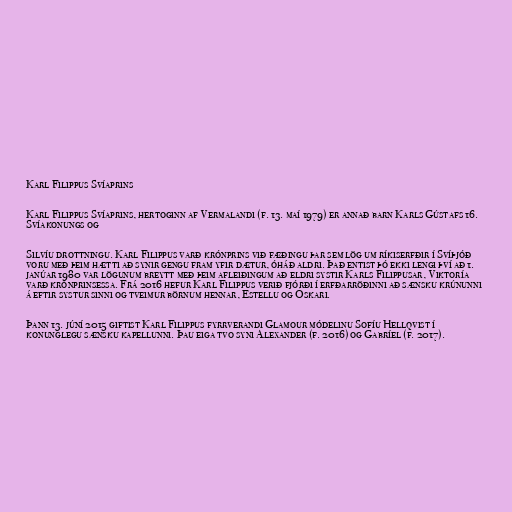
Karl Filippus Svíaprins

Karl Filippus Svíaprins, hertoginn af Vermalandi (f. 13. maí 1979) er annað barn Karls Gústafs 16.
Svíakonungs og

Silvíu drottningu. Karl Filippus varð krónprins við fæðingu þar sem lög um ríkiserfðir í Svíþjóð
voru með þeim hætti að synir gengu fram yfir dætur, óháð aldri. Það entist þó ekki lengi því að 1.
janúar 1980 var lögunum breytt með þeim afleiðingum að eldri systir Karls Filippusar, Viktoría
varð krónprinsessa. Frá 2016 hefur Karl Filippus verið fjórði í erfðarröðinni að sænsku krúnunni
á eftir systur sinni og tveimur börnum hennar, Estellu og Óskari.

Þann 13. júní 2015 giftist Karl Filippus fyrrverandi Glamour módelinu Sofíu Hellqvist í
konunglegu sænsku kapellunni. Þau eiga tvo syni Alexander (f. 2016) og Gabríel (f. 2017).